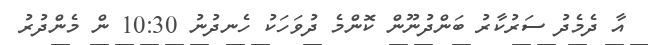
އާ ދެމެދު ސަރުކާރު ބަންދުނޫން ކޮންމެ ދުވަހަކު ހެނދުނު 10:30 ން މެންދުރު